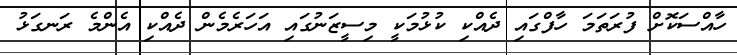
ހާއްސަކޮށް ފުރަތަމަ ހާފްގައި ދެއްކި ކުޅުމަކީ މިސީޒަނުގައި އަހަރެމެން ދެއްކި އެންމެ ރަނގަޅު